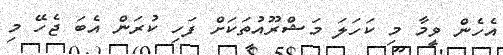
އެހެން ވީމާ މި ކަހަލަ މަޝްރޫއުތަކަށް ފަހި ކުރަން އެބަ ޖެހޭ މި